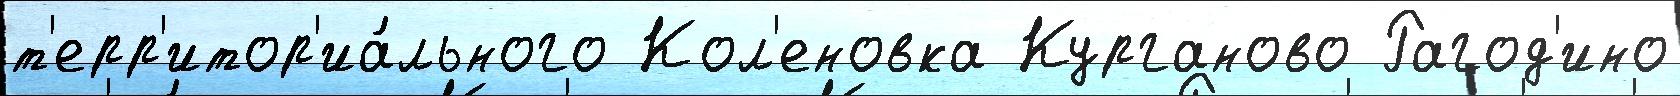
т'ерр'итор'иа́льного Кол'еновка Курганово Рагод'ино